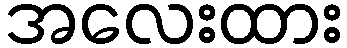
အလေးထား